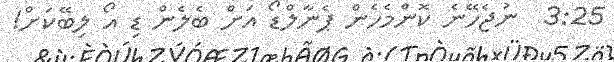
3:25  ނުޖެހޭނެ ކޮންމެހެން ޕެނާލްޑޯ އަށް ބެލެން ޑި އޯ ލިބޭކަށް!